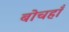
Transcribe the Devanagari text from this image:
बोचहाँ